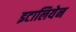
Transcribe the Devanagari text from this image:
इटालियेन